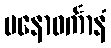
မနောဝင်္ကာနံ